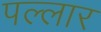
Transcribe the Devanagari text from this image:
पल्लार